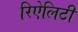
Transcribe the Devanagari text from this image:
रिऐलिटी